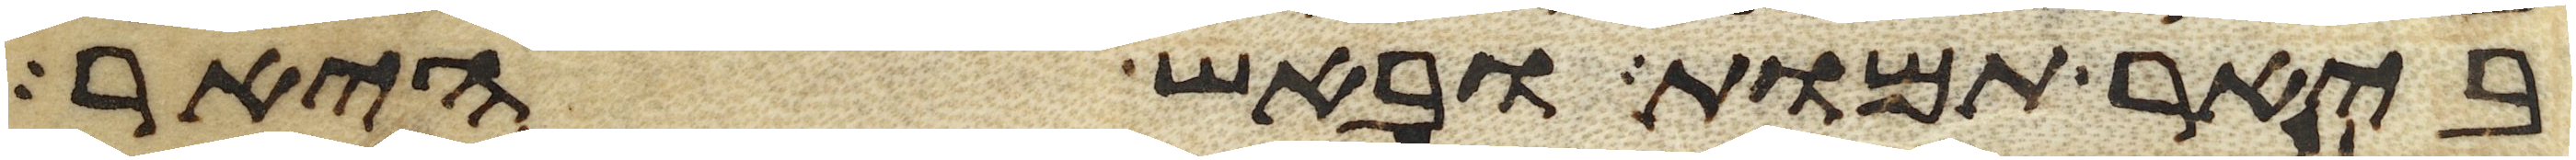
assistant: ביאר תמות ובאש היאר